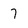
Character: 7